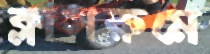
ক্লাসরুমে